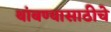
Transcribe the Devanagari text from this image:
थांबण्यासाठीचे